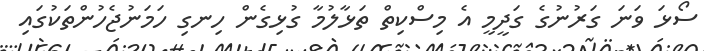
ސޯޅަ ވަނަ ގަރުނުގެ ގަދީމީ އެ މިސްކިތް ތަޅާލުމާ ގުޅިގެން ހިނގި ހަމަނުޖެހުންތަކުގައި